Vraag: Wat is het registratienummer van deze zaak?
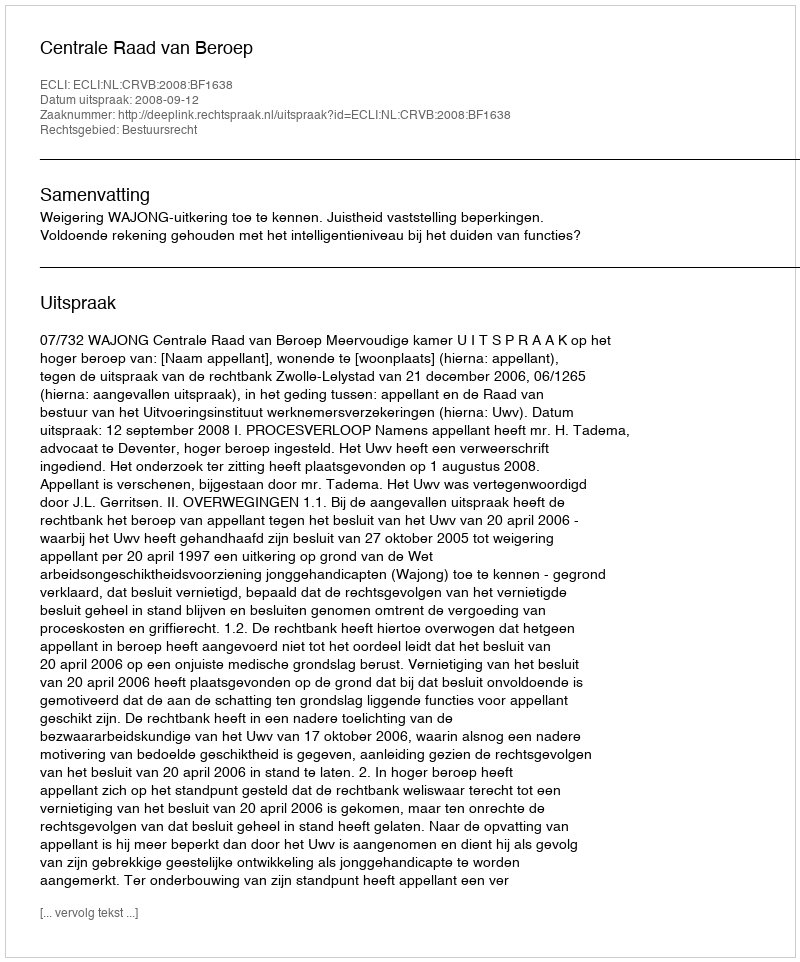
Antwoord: http://deeplink.rechtspraak.nl/uitspraak?id=ECLI:NL:CRVB:2008:BF1638